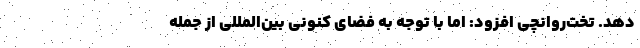
دهد. تخت‌روانچی افزود: اما با توجه به فضای کنونی بین‌المللی از جمله